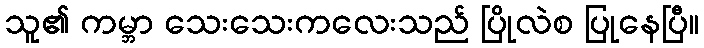
သူ၏ ကမ္ဘာ သေးသေးကလေးသည် ပြိုလဲစ ပြုနေပြီ။